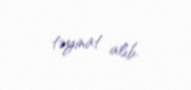
təyinat alıb.